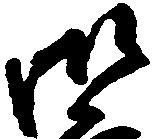
御